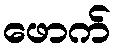
ဖောက်